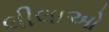
લીલાઓ